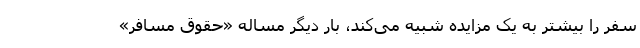
سفر را بیشتر به یک مزایده شبیه می‌کند، بار دیگر مساله «حقوق مسافر»